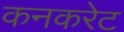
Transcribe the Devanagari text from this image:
कनकरेट